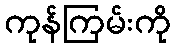
ကုန်ကြမ်းကို